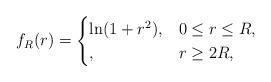
LaTeX: \begin{align*}f_R(r)=\begin{cases}\ln(1+r^2), &0\leq r \leq R,\\ , &r\geq 2R,\end{cases}\end{align*}